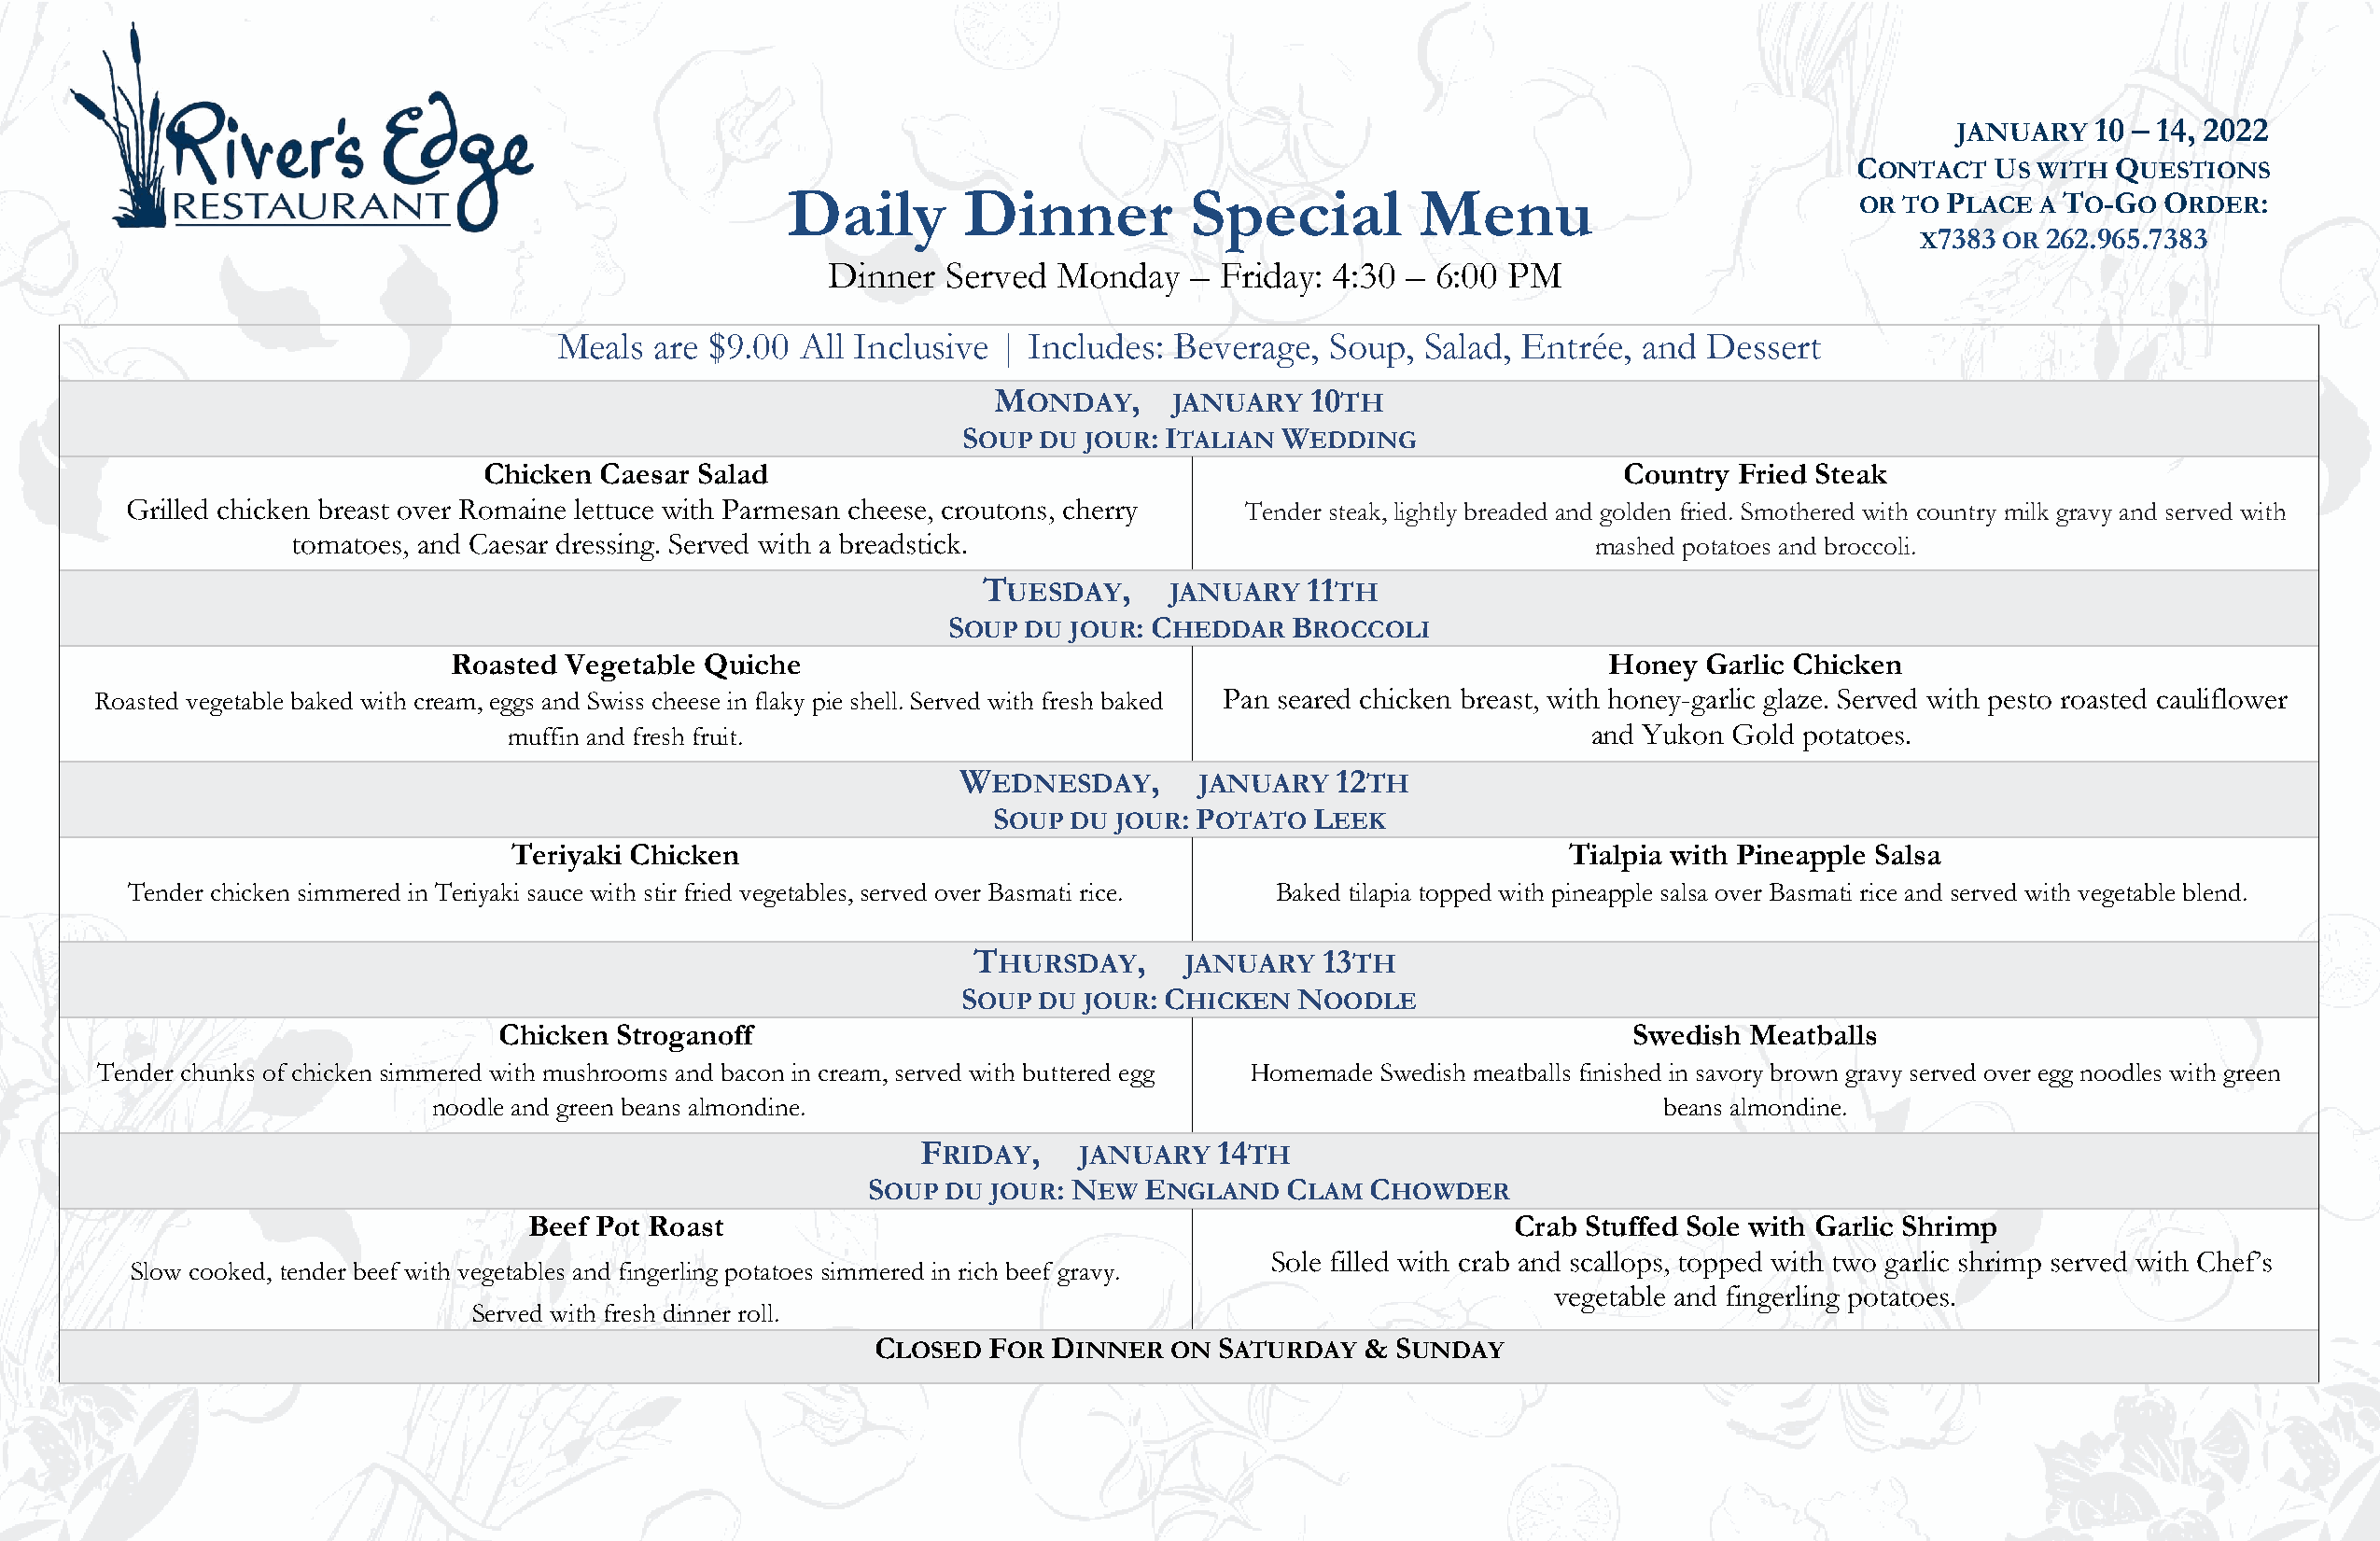
JANUARY   10 – 14, 2022
 CONTACT  US WITH  QUESTIONS
 Daily       Dinner          Special          Menu
 OR TO PLACE  A TO-GO ORDER:
 X7383 OR 262.965.7383
 Dinner  Served  Monday   –  Friday: 4:30 – 6:00 PM
 Meals are $9.00  All Inclusive | Includes: Beverage,  Soup,  Salad, Entrée, and  Dessert
 MONDAY,     JANUARY   10TH
 SOUP  DU JOUR: ITALIAN WEDDING
 Chicken  Caesar Salad                                                            Country Fried Steak
 Grilled chicken breast over Romaine lettuce with Parmesan cheese, croutons, cherry Tender steak, lightly breaded and golden fried. Smothered with country milk gravy and served with
 tomatoes, and Caesar dressing. Served with a breadstick.                                    mashed potatoes and broccoli.
 TUESDAY,     JANUARY   11TH
 SOUP  DU JOUR: CHEDDAR   BROCCOLI
 Roasted Vegetable Quiche                                                          Honey  Garlic Chicken
 Roasted vegetable baked with cream, eggs and Swiss cheese in flaky pie shell. Served with fresh baked Pan seared chicken breast, with honey-garlic glaze. Served with pesto roasted cauliflower
 muffin and fresh fruit.                                                      and Yukon Gold potatoes.
 WEDNESDAY,       JANUARY   12TH
 SOUP  DU JOUR: POTATO  LEEK
 Teriyaki Chicken                                                           Tialpia with Pineapple Salsa
 Tender chicken simmered in Teriyaki sauce with stir fried vegetables, served over Basmati rice. Baked tilapia topped with pineapple salsa over Basmati rice and served with vegetable blend.
 THURSDAY,      JANUARY   13TH
 SOUP  DU JOUR: CHICKEN  NOODLE
 Chicken  Stroganoff                                                              Swedish Meatballs
 Tender chunks of chicken simmered with mushrooms and bacon in cream, served with buttered egg Homemade Swedish meatballs finished in savory brown gravy served over egg noodles with green
 noodle and green beans almondine.                                                      beans almondine.
 FRIDAY,     JANUARY  14TH
 SOUP DU JOUR: NEW  ENGLAND   CLAM  CHOWDER
 Beef Pot Roast                                                        Crab Stuffed Sole with Garlic Shrimp
 Sole filled with crab and scallops, topped with two garlic shrimp served with Chef’s
 Slow cooked, tender beef with vegetables and fingerling potatoes simmered in rich beef gravy.
 vegetable and fingerling potatoes.
 Served with fresh dinner roll.
 CLOSED  FOR  DINNER  ON SATURDAY   & SUNDAY